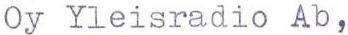
Oy Yleisradio Ab,